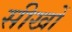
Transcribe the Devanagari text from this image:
सीखों